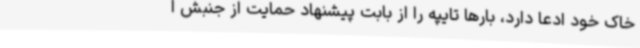
خاک خود ادعا دارد، بارها تایپه را از بابت پیشنهاد حمایت از جنبش ا